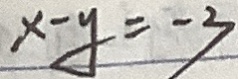
x - y = - 3